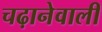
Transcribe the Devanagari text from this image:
चढ़ानेवाली